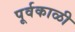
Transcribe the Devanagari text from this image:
पूर्वकाळी